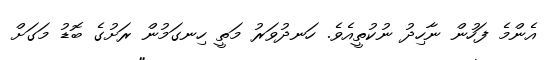
އެންމެ ފަހުން ނާހިދު ނުކުތީއެވެ. ހަނދުވަރު މަތީ ހިނގަމުން ރަށުގެ ބޮޑު މަގަށް